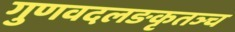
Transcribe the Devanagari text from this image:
गुणवदलङकृतञ्च